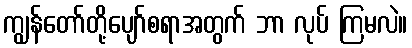
ကျွန်တော်တို့ပျော်စရာအတွက် ဘာ လုပ် ကြမလဲ။